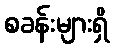
စခန်းများရှိ